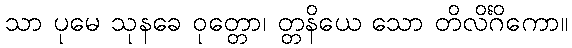
သာ ပုမေ သုနခေ ဝုတ္တော၊ တ္တနိယေ သော တိလိင်္ဂိကော။